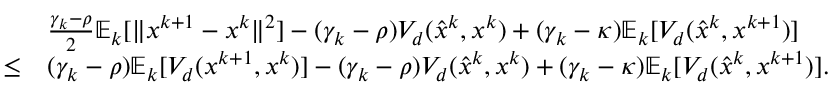
\begin{array} { r l } & { \frac { \gamma _ { k } - \rho } { 2 } \mathbb { E } _ { k } [ \| x ^ { k + 1 } - x ^ { k } \| ^ { 2 } ] - ( \gamma _ { k } - \rho ) V _ { d } ( \hat { x } ^ { k } , x ^ { k } ) + ( \gamma _ { k } - \kappa ) \mathbb { E } _ { k } [ V _ { d } ( \hat { x } ^ { k } , x ^ { k + 1 } ) ] } \\ { \leq } & { ( \gamma _ { k } - \rho ) \mathbb { E } _ { k } [ V _ { d } ( x ^ { k + 1 } , x ^ { k } ) ] - ( \gamma _ { k } - \rho ) V _ { d } ( \hat { x } ^ { k } , x ^ { k } ) + ( \gamma _ { k } - \kappa ) \mathbb { E } _ { k } [ V _ { d } ( \hat { x } ^ { k } , x ^ { k + 1 } ) ] . } \end{array}